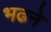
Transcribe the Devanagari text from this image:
भढने